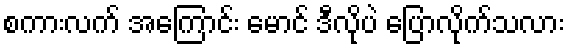
စကားလက် အကြောင်း မောင် ဒီလိုပဲ ပြောလိုက်သလား